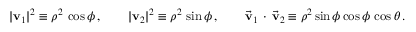
| \mathbf { v } _ { 1 } | ^ { 2 } \equiv \rho ^ { 2 } \, \cos \phi \, , \qquad | \mathbf { v } _ { 2 } | ^ { 2 } \equiv \rho ^ { 2 } \, \sin \phi \, , \qquad \vec { \mathbf { v } } _ { 1 } \, \cdot \, \vec { \mathbf { v } } _ { 2 } \equiv \rho ^ { 2 } \sin \phi \cos \phi \, \cos \theta \, .